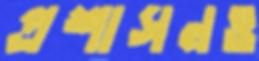
প্রশাসনও